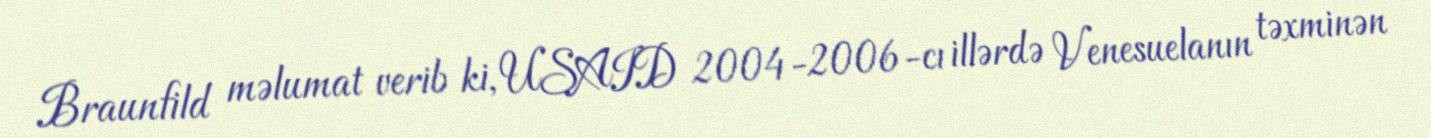
Braunfild məlumat verib ki, USAID 2004-2006-cı illərdə Venesuelanın təxminən